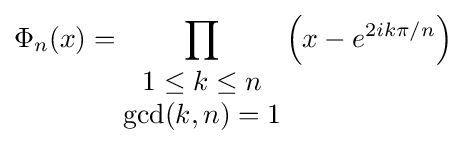
\Phi _{n}(x)=\prod _{\begin{matrix}1\leq k\leq n\\\gcd(k,n)=1\end{matrix}}\left(x-e^{2ik\pi /n}\right)